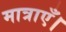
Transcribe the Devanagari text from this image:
मात्राएँ।